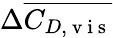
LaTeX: \Delta\overline{{C_{D,\mathrm{~v~i~s~}}}}